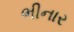
ભીનાર